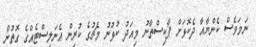
ނަމަވެސް ކެންޔާއާ ދެކޮޅަށް ޕާކިސްތާނު މިއަދު ކުޅުނު މެޗުގެ ކުރިން އެނަލިސްޓެއްގެ ގޮތުން